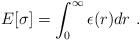
LaTeX: \begin{align*}E[\sigma] = \int_0^\infty \epsilon(r) dr \,\,.\end{align*}